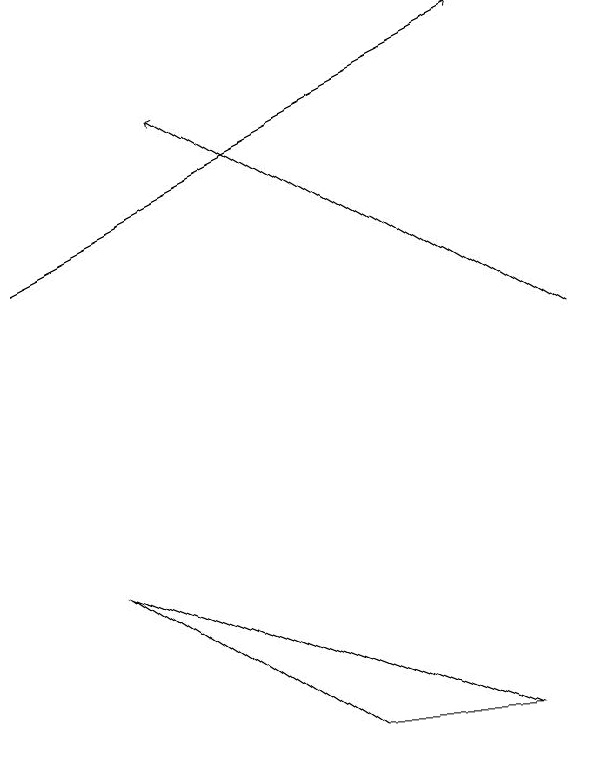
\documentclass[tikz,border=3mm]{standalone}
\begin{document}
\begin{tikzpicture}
\draw[->] (0,13) -- (6,16);
\draw[->] (7,12) -- (2,15);
\draw (1,9) -- (4,7) -- (6,7) -- cycle;
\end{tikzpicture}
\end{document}